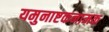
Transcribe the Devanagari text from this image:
यमुनाष्टकनामक